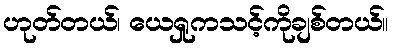
ဟုတ်တယ်၊ ယေရှုကသင့်ကိုချစ်တယ်။